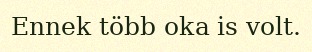
Ennek több oka is volt.